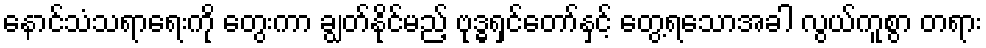
နောင်သံသရာရေးကို တွေးကာ ချွတ်နိုင်မည့် ဗုဒ္ဓရှင်တော်နှင့် တွေ့ရသောအခါ လွယ်ကူစွာ တရား